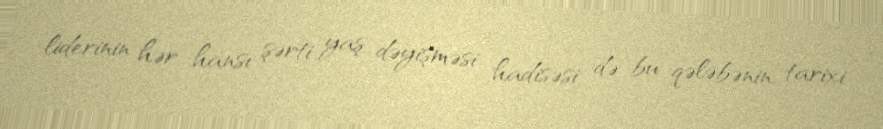
liderinin hər hansı şərti yaş dəyişməsi hadisəsi də bu qələbənin, tarixi